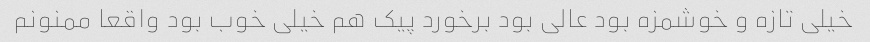
خیلی تازه و خوشمزه بود عالی بود برخورد پیک هم خیلی خوب بود واقعا ممنونم